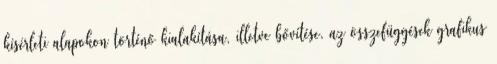
kísérleti alapokon történő kialakítása, illetve bővítése, az összefüggések grafikus